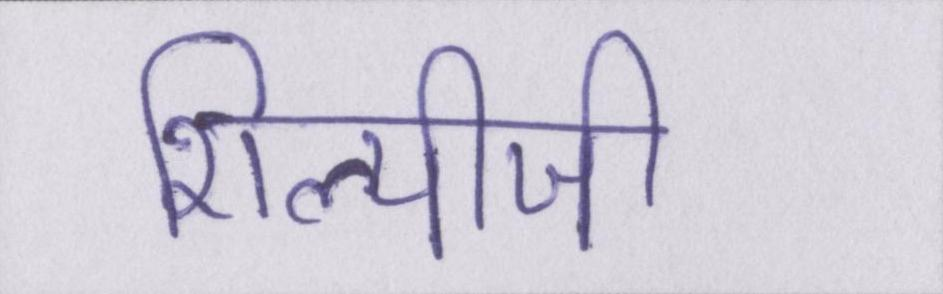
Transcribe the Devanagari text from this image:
शिल्पीजी